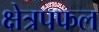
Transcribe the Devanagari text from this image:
क्षेत्रपफल